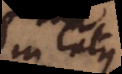
in latus